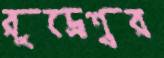
রুদ্রেশ্বর